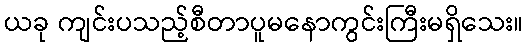
ယခု ကျင်းပသည့်စီတာပူမနောကွင်းကြီးမရှိသေး။